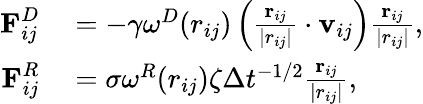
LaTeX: \begin{array}{rl}{\textbf{F}_{ij}^{D}}&{{}=-\gamma\omega^{D}(r_{ij})\left(\frac{\textbf{r}_{ij}}{|r_{ij}|}\cdot\textbf{v}_{ij}\right)\frac{\textbf{r}_{ij}}{|r_{ij}|},}\\ {\textbf{F}_{ij}^{R}}&{{}=\sigma\omega^{R}(r_{ij})\zeta\Delta t^{-1/2}\frac{\textbf{r}_{ij}}{|r_{ij}|},}\end{array}